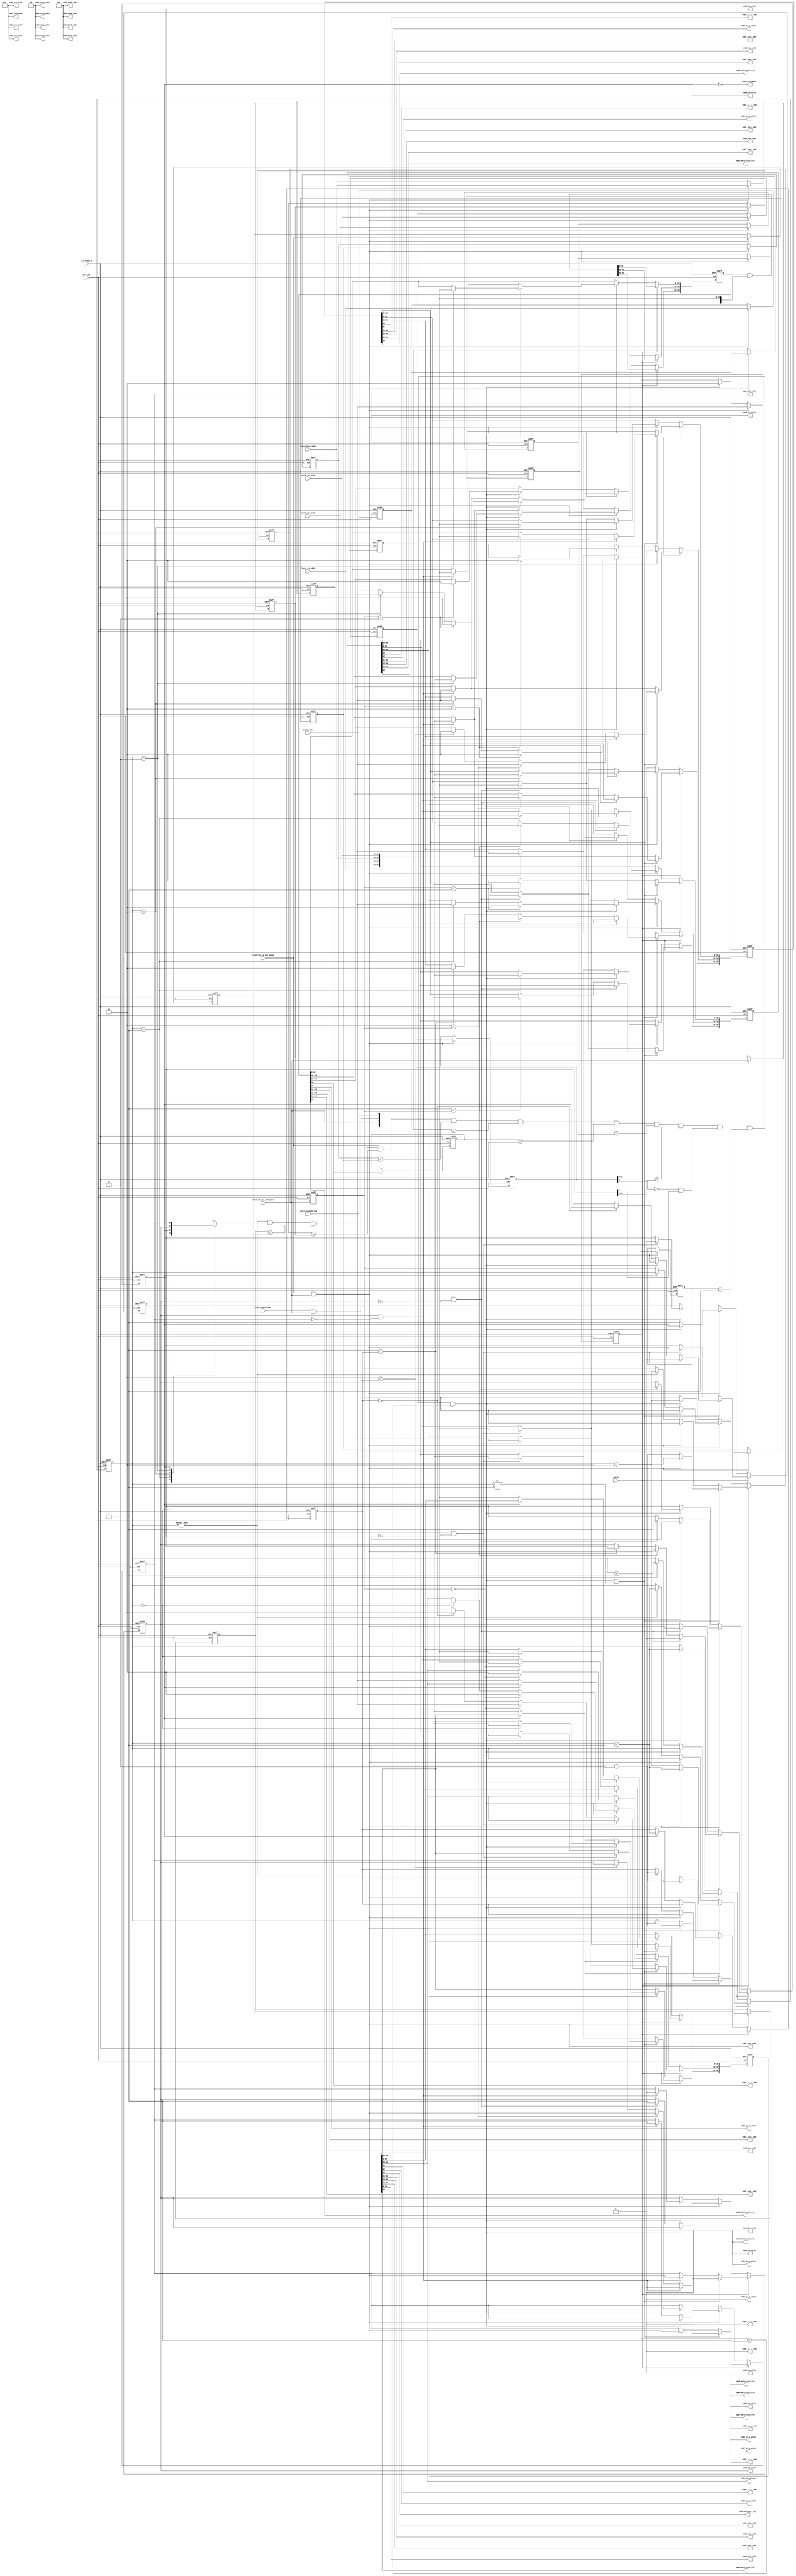
module alt_ddrx_cmd_queue 
    # (parameter	 MEM_IF_CSR_COL_WIDTH        = 4,
                     MEM_IF_CSR_ROW_WIDTH        = 5,
                     MEM_IF_CSR_BANK_WIDTH       = 2,
                     MEM_IF_CSR_CS_WIDTH         = 2, 
                     CTL_CMD_QUEUE_DEPTH         = 4,  
                     CTL_LOOK_AHEAD_DEPTH        = 4, 
                     MEM_IF_ROW_WIDTH            = 16, 
                     MEM_IF_COL_WIDTH            = 12,  
                     MEM_IF_BA_WIDTH             = 3,  
                     MEM_IF_CHIP_BITS            = 2,  
                     LOCAL_ADDR_WIDTH            = 33, 
                     DWIDTH_RATIO                = 4,
                     ENABLE_BURST_MERGE          = 1,
                     MIN_COL                     = 8,
                     MIN_ROW                     = 12,
                     MIN_BANK                    = 2,
                     MIN_CS                      = 1
	 )                                        
     (
	//input
	ctl_clk       , 								
	ctl_reset_n   ,                                                 		                                                	        
	read_req_to_cmd_queue  ,                                               		
	write_req_to_cmd_queue ,                                               		
	local_size      ,                                               		
	local_autopch_req ,  
    local_multicast ,
	local_cs_addr  	,
    local_bank_addr ,
    local_row_addr	,
    local_col_addr 	,
	                                                                                
	//input from State Machine                                      		
	fetch,                                               	                                                           		                                                   		
                                                                        		
	//output                                                        		
	cmd_fifo_empty, 			                                        
	cmd_fifo_full,   
	cmd_fifo_wren,
    
	cmd0_is_a_read,                                                                 
	cmd0_is_a_write,                                                                
	cmd0_autopch_req,                                                            
	cmd0_burstcount,                                                                
	cmd0_chip_addr,                                                                 
	cmd0_row_addr,                                                                  
	cmd0_bank_addr,                                                                 
	cmd0_col_addr,
	cmd0_is_valid,   
    cmd0_multicast_req,
	                                                                                
	cmd1_is_a_read,                                                                 
	cmd1_is_a_write,
	cmd1_chip_addr,                                                                 
	cmd1_row_addr,                                                                  
	cmd1_bank_addr,
	cmd1_is_valid,   
    cmd1_multicast_req,
	                                                                                
	cmd2_is_a_read,                                                                 
	cmd2_is_a_write,  
    cmd2_chip_addr,                                                                 
	cmd2_row_addr,                                                                  
	cmd2_bank_addr,
	cmd2_is_valid,  
    cmd2_multicast_req,
     
    cmd3_is_a_read,                                                                 
	cmd3_is_a_write,  
	cmd3_chip_addr,                                                                 
	cmd3_row_addr,                                                                  
	cmd3_bank_addr,		                                                                                                    		
	cmd3_is_valid, 
	cmd3_multicast_req,
    
    cmd4_is_a_read,                                                                 
	cmd4_is_a_write,
	cmd4_is_valid,                                                  		                                                           
	cmd4_chip_addr,                                                                 
	cmd4_row_addr,                                                  		
	cmd4_bank_addr,    
    cmd4_multicast_req,
	
    cmd5_is_a_read,                                                                 
	cmd5_is_a_write,
	cmd5_is_valid,                                                  		                                                          
	cmd5_chip_addr,                                                                 
	cmd5_row_addr,                                                  		
	cmd5_bank_addr,   
    cmd5_multicast_req,
	
    cmd6_is_a_read,                                                                 
	cmd6_is_a_write,
	cmd6_is_valid,                                                  		                                                         
	cmd6_chip_addr,                                                                 
	cmd6_row_addr,                                                  		
	cmd6_bank_addr,  
    cmd6_multicast_req,
	
    cmd7_is_a_read,                                                                 
	cmd7_is_a_write,
	cmd7_is_valid,                                                  		
	cmd7_chip_addr,                                                         
	cmd7_row_addr,                                                  		
	cmd7_bank_addr,
    cmd7_multicast_req
    ); 
    localparam   LOCAL_SIZE_WIDTH     = 2;
    localparam   BUFFER_WIDTH         = 1 + 1 + 1 + 1 + LOCAL_SIZE_WIDTH + MEM_IF_CHIP_BITS + MEM_IF_BA_WIDTH + MEM_IF_ROW_WIDTH + MEM_IF_COL_WIDTH;
    localparam   THIS_ENTRY_WIDTH     = 1 + 1 + 1 + MEM_IF_CHIP_BITS + MEM_IF_BA_WIDTH + MEM_IF_ROW_WIDTH + MEM_IF_COL_WIDTH;
    localparam   MAX_COL              = MEM_IF_COL_WIDTH;
    localparam   MAX_ROW              = MEM_IF_ROW_WIDTH;
    localparam   MAX_BANK             = MEM_IF_BA_WIDTH;
    localparam   MAX_CS               = MEM_IF_CHIP_BITS;
    
    input                		          ctl_clk       	; 	// controller clock
    input                		          ctl_reset_n   	; 	// controller reset_n, synchronous to ctl_clk
	                 		              
	input 		     		              read_req_to_cmd_queue  	;
	input 		     		              write_req_to_cmd_queue 	;
	input [LOCAL_SIZE_WIDTH-1:0]          local_size      	;
	input		     		              local_autopch_req ;
    input                                 local_multicast   ;
	input [MEM_IF_CHIP_BITS-1:0]          local_cs_addr	    ;
    input [MEM_IF_ROW_WIDTH-1:0]          local_row_addr    ;
    input [MEM_IF_BA_WIDTH-1:0]           local_bank_addr   ;
    input [MEM_IF_COL_WIDTH-1:0]          local_col_addr    ;
	output               		          cmd_fifo_empty	;      
	output               		          cmd_fifo_full	    ;    
    output                                cmd_fifo_wren     ;
	
	//input from State Machine
	input 				                  fetch;
	
	output               		          cmd0_is_valid;
    output                		          cmd0_is_a_read;
    output                		          cmd0_is_a_write;
	output		     		              cmd0_autopch_req;
    output [LOCAL_SIZE_WIDTH-1:0]         cmd0_burstcount;
    output [MEM_IF_CHIP_BITS-1:0]         cmd0_chip_addr;
	output [MEM_IF_ROW_WIDTH-1:0]         cmd0_row_addr;
	output [MEM_IF_BA_WIDTH-1:0]          cmd0_bank_addr;
	output [MEM_IF_COL_WIDTH-1:0]         cmd0_col_addr;
    output                                cmd0_multicast_req;
	
	output               		          cmd1_is_valid;
    output                		          cmd1_is_a_read;
    output                		          cmd1_is_a_write;
    output [MEM_IF_CHIP_BITS-1:0]         cmd1_chip_addr;
	output [MEM_IF_ROW_WIDTH-1:0]         cmd1_row_addr;
	output [MEM_IF_BA_WIDTH-1:0]          cmd1_bank_addr;
    output                                cmd1_multicast_req;
	
	output               		          cmd2_is_valid;
    output                		          cmd2_is_a_read;
    output                		          cmd2_is_a_write;
    output [MEM_IF_CHIP_BITS-1:0]         cmd2_chip_addr;
	output [MEM_IF_ROW_WIDTH-1:0]         cmd2_row_addr;
	output [MEM_IF_BA_WIDTH-1:0]          cmd2_bank_addr;
    output                                cmd2_multicast_req;
	
	output               		          cmd3_is_valid;
    output                		          cmd3_is_a_read;
    output                		          cmd3_is_a_write;
    output [MEM_IF_CHIP_BITS-1:0]         cmd3_chip_addr;
	output [MEM_IF_ROW_WIDTH-1:0]         cmd3_row_addr;
	output [MEM_IF_BA_WIDTH-1:0]          cmd3_bank_addr;
    output                                cmd3_multicast_req;
	
    output                		          cmd4_is_a_read;
    output                		          cmd4_is_a_write;
	output               		          cmd4_is_valid;
	output [MEM_IF_CHIP_BITS-1:0]         cmd4_chip_addr;
	output [MEM_IF_ROW_WIDTH-1:0]         cmd4_row_addr;
	output [MEM_IF_BA_WIDTH-1:0]          cmd4_bank_addr;
    output                                cmd4_multicast_req;
    
    output                		          cmd5_is_a_read;
    output                		          cmd5_is_a_write;
	output               		          cmd5_is_valid;
	output [MEM_IF_CHIP_BITS-1:0]         cmd5_chip_addr;
	output [MEM_IF_ROW_WIDTH-1:0]         cmd5_row_addr; 
	output [MEM_IF_BA_WIDTH-1:0]          cmd5_bank_addr;
    output                                cmd5_multicast_req;
    
    output                		          cmd6_is_a_read;
    output                		          cmd6_is_a_write;
	output               		          cmd6_is_valid;
	output [MEM_IF_CHIP_BITS-1:0]         cmd6_chip_addr;
	output [MEM_IF_ROW_WIDTH-1:0]         cmd6_row_addr; 
	output [MEM_IF_BA_WIDTH-1:0]          cmd6_bank_addr;
    output                                cmd6_multicast_req;
    
    output                		          cmd7_is_a_read;
    output                		          cmd7_is_a_write;
	output               		          cmd7_is_valid;
	output [MEM_IF_CHIP_BITS-1:0]         cmd7_chip_addr;
	output [MEM_IF_ROW_WIDTH-1:0]         cmd7_row_addr; 
	output [MEM_IF_BA_WIDTH-1:0]          cmd7_bank_addr;
    output                                cmd7_multicast_req;
	
    integer                               n;
	integer                               j;
	integer                               k;
	integer                               m;
    
    reg [BUFFER_WIDTH-1:0]		          pipe[CTL_CMD_QUEUE_DEPTH-1:0];		
	reg 				                  pipefull[CTL_CMD_QUEUE_DEPTH-1:0];
    
    reg [LOCAL_SIZE_WIDTH-1:0]            last_size;
    reg                                   last_read_req;
    reg                                   last_write_req;
    reg                                   last_multicast;
    reg [MEM_IF_CHIP_BITS-1:0]            last_chip_addr;
    reg [MEM_IF_ROW_WIDTH-1:0]            last_row_addr;
    reg [MEM_IF_BA_WIDTH-1:0]             last_bank_addr;
    reg [MEM_IF_COL_WIDTH-1:0]            last_col_addr;
    
    reg [LOCAL_SIZE_WIDTH-1:0]            last2_size;
    reg                                   last2_read_req;
    reg                                   last2_write_req;
    reg                                   last2_multicast;
    reg [MEM_IF_CHIP_BITS-1:0]            last2_chip_addr;
    reg [MEM_IF_ROW_WIDTH-1:0]            last2_row_addr;
    reg [MEM_IF_BA_WIDTH-1:0]             last2_bank_addr;
    reg [MEM_IF_COL_WIDTH-1:0]            last2_col_addr;
    
	wire [MEM_IF_CHIP_BITS-1:0]           cs_addr  ;
	wire [MEM_IF_ROW_WIDTH-1:0]           row_addr ;
	wire [MEM_IF_BA_WIDTH-1:0]            bank_addr;
	wire [MEM_IF_COL_WIDTH-1:0]           col_addr ;
    
	wire 		     		              read_req_to_cmd_queue  	;
	wire 		     		              write_req_to_cmd_queue 	;
	wire		     		              local_autopch_req ;
    wire                                  local_multicast;
    wire                                  local_multicast_gated;
	wire  [LOCAL_SIZE_WIDTH-1:0] 	      local_size;
	wire				                  fetch;
	wire [BUFFER_WIDTH-1:0]		          buffer_input;
	wire				                  wreq_to_fifo;  

    wire [MEM_IF_CHIP_BITS-1:0]           pipe_chip_addr     [CTL_CMD_QUEUE_DEPTH-1:0];
    wire [MEM_IF_ROW_WIDTH-1:0]           pipe_row_addr      [CTL_CMD_QUEUE_DEPTH-1:0];
    wire [MEM_IF_BA_WIDTH-1:0]            pipe_bank_addr     [CTL_CMD_QUEUE_DEPTH-1:0];
    wire [MEM_IF_COL_WIDTH-1:0]           pipe_col_addr      [CTL_CMD_QUEUE_DEPTH-1:0];
    wire                                  pipe_read_req      [CTL_CMD_QUEUE_DEPTH-1:0];
    wire                                  pipe_write_req     [CTL_CMD_QUEUE_DEPTH-1:0];
    wire                                  pipe_autopch_req   [CTL_CMD_QUEUE_DEPTH-1:0];
    wire                                  pipe_multicast_req [CTL_CMD_QUEUE_DEPTH-1:0];
    wire [LOCAL_SIZE_WIDTH-1:0]           pipe_burstcount    [CTL_CMD_QUEUE_DEPTH-1:0];
    
	reg  [log2(CTL_CMD_QUEUE_DEPTH)-1:0]    last;
    reg  [log2(CTL_CMD_QUEUE_DEPTH)-1:0]    last_minus_one;
    reg  [log2(CTL_CMD_QUEUE_DEPTH)-1:0]    last_minus_two;
    wire                                  can_merge;

    wire                                  cmd_fifo_wren;
	wire				                  cmd0_is_valid;
	wire                		          cmd0_is_a_read;
	wire                		          cmd0_is_a_write;
	wire		     		              cmd0_autopch_req;
	wire [LOCAL_SIZE_WIDTH-1:0]           cmd0_burstcount;
	wire [MEM_IF_CHIP_BITS-1:0]           cmd0_chip_addr;
	wire [MEM_IF_ROW_WIDTH-1:0]           cmd0_row_addr;
	wire [MEM_IF_BA_WIDTH-1:0]            cmd0_bank_addr;
	wire [MEM_IF_COL_WIDTH-1:0]           cmd0_col_addr;
    wire                                  cmd0_multicast_req;

	wire               		              cmd1_is_valid;
    wire                		          cmd1_is_a_read;
    wire                		          cmd1_is_a_write;
    wire [MEM_IF_CHIP_BITS-1:0]           cmd1_chip_addr;
	wire [MEM_IF_ROW_WIDTH-1:0]           cmd1_row_addr;
	wire [MEM_IF_BA_WIDTH-1:0]            cmd1_bank_addr;
    wire                                  cmd1_multicast_req;

	wire               		              cmd2_is_valid;
    wire                		          cmd2_is_a_read;
    wire                		          cmd2_is_a_write;
    wire [MEM_IF_CHIP_BITS-1:0]           cmd2_chip_addr;
	wire [MEM_IF_ROW_WIDTH-1:0]           cmd2_row_addr;
	wire [MEM_IF_BA_WIDTH-1:0]            cmd2_bank_addr;
    wire                                  cmd2_multicast_req;

	wire               		              cmd3_is_valid;
    wire                		          cmd3_is_a_read;
    wire                		          cmd3_is_a_write;
    wire [MEM_IF_CHIP_BITS-1:0]           cmd3_chip_addr;
	wire [MEM_IF_ROW_WIDTH-1:0]           cmd3_row_addr;
	wire [MEM_IF_BA_WIDTH-1:0]            cmd3_bank_addr;
    wire                                  cmd3_multicast_req;
    
    wire                		          cmd4_is_a_read;
    wire                		          cmd4_is_a_write;
	wire               		              cmd4_is_valid;
	wire [MEM_IF_CHIP_BITS-1:0]           cmd4_chip_addr;
	wire [MEM_IF_ROW_WIDTH-1:0]           cmd4_row_addr; 
	wire [MEM_IF_BA_WIDTH-1:0]            cmd4_bank_addr;
    wire                                  cmd4_multicast_req;
    
    wire                		          cmd5_is_a_read;
    wire                		          cmd5_is_a_write;
	wire               		              cmd5_is_valid;
	wire [MEM_IF_CHIP_BITS-1:0]           cmd5_chip_addr;
	wire [MEM_IF_ROW_WIDTH-1:0]           cmd5_row_addr; 
	wire [MEM_IF_BA_WIDTH-1:0]            cmd5_bank_addr;
    wire                                  cmd5_multicast_req;
    
    wire                		          cmd6_is_a_read;
    wire                		          cmd6_is_a_write;
	wire               		              cmd6_is_valid;
	wire [MEM_IF_CHIP_BITS-1:0]           cmd6_chip_addr;
	wire [MEM_IF_ROW_WIDTH-1:0]           cmd6_row_addr; 
	wire [MEM_IF_BA_WIDTH-1:0]            cmd6_bank_addr;
    wire                                  cmd6_multicast_req;
    
    wire                		          cmd7_is_a_read;
    wire                		          cmd7_is_a_write;
	wire               		              cmd7_is_valid;
	wire [MEM_IF_CHIP_BITS-1:0]           cmd7_chip_addr;
	wire [MEM_IF_ROW_WIDTH-1:0]           cmd7_row_addr; 
	wire [MEM_IF_BA_WIDTH-1:0]            cmd7_bank_addr;
    wire                                  cmd7_multicast_req;

    genvar 			      	              i;     
    
    assign cs_addr = local_cs_addr;
    assign bank_addr = local_bank_addr;
    assign row_addr = local_row_addr;
    assign col_addr = local_col_addr;

// gate multicast request with write request, we only support multicast write
    assign local_multicast_gated = local_multicast & write_req_to_cmd_queue;

// mapping of buffer_input
	assign buffer_input = {read_req_to_cmd_queue,write_req_to_cmd_queue,local_multicast_gated,local_autopch_req,local_size,cs_addr,row_addr,bank_addr,col_addr};
	
//======================  Bus to output signals mapping   =======================
	//pipe address
    generate begin
        for(i=0; i<CTL_CMD_QUEUE_DEPTH; i=i+1) begin : pipe_loop
            assign pipe_read_req[i]         = pipe[i][BUFFER_WIDTH-1];
            assign pipe_write_req[i]        = pipe[i][BUFFER_WIDTH-2];
            assign pipe_multicast_req[i]    = pipe[i][BUFFER_WIDTH-3];
            assign pipe_autopch_req[i]      = pipe[i][BUFFER_WIDTH-4];
            assign pipe_burstcount[i]       = pipe[i][LOCAL_SIZE_WIDTH + MEM_IF_CHIP_BITS + MEM_IF_ROW_WIDTH  + MEM_IF_BA_WIDTH + MEM_IF_COL_WIDTH - 1 : MEM_IF_CHIP_BITS + MEM_IF_ROW_WIDTH  + MEM_IF_BA_WIDTH + MEM_IF_COL_WIDTH];
            assign pipe_chip_addr[i]        = pipe[i][MEM_IF_CHIP_BITS + MEM_IF_ROW_WIDTH  + MEM_IF_BA_WIDTH + MEM_IF_COL_WIDTH - 1 : MEM_IF_ROW_WIDTH  + MEM_IF_BA_WIDTH + MEM_IF_COL_WIDTH];
            assign pipe_row_addr[i]         = pipe[i][MEM_IF_ROW_WIDTH  + MEM_IF_BA_WIDTH + MEM_IF_COL_WIDTH - 1 : MEM_IF_BA_WIDTH + MEM_IF_COL_WIDTH];
            assign pipe_bank_addr[i]        = pipe[i][MEM_IF_BA_WIDTH + MEM_IF_COL_WIDTH - 1 : MEM_IF_COL_WIDTH];
            assign pipe_col_addr[i]         = pipe[i][MEM_IF_COL_WIDTH - 1 : 0];
        end
    end
	endgenerate 
    
    assign cmd0_is_valid                = pipefull[0];
    assign cmd0_is_a_read               = pipe_read_req   [0];
    assign cmd0_is_a_write              = pipe_write_req  [0];
    assign cmd0_autopch_req             = pipe_autopch_req[0];
    assign cmd0_burstcount              = pipe_burstcount [0];
    assign cmd0_chip_addr               = pipe_chip_addr  [0];
    assign cmd0_row_addr                = pipe_row_addr   [0];
    assign cmd0_bank_addr               = pipe_bank_addr  [0];
    assign cmd0_col_addr                = pipe_col_addr   [0];
    assign cmd0_multicast_req           = pipe_multicast_req [0];
    
    generate
        if (CTL_LOOK_AHEAD_DEPTH > 0)
            begin
                assign cmd1_is_valid                = pipefull[1];
                assign cmd1_is_a_read               = pipe_read_req   [1];
                assign cmd1_is_a_write              = pipe_write_req  [1];
                assign cmd1_chip_addr               = pipe_chip_addr  [1];
                assign cmd1_row_addr                = pipe_row_addr   [1];
                assign cmd1_bank_addr               = pipe_bank_addr  [1];
                assign cmd1_multicast_req           = pipe_multicast_req [1];
            end
        else
            begin
                assign cmd1_is_valid                = 0;
                assign cmd1_is_a_read               = 0;
                assign cmd1_is_a_write              = 0;
                assign cmd1_chip_addr               = 0;
                assign cmd1_row_addr                = 0;
                assign cmd1_bank_addr               = 0;
                assign cmd1_multicast_req           = 0;
            end
    endgenerate
    
    generate
        if (CTL_LOOK_AHEAD_DEPTH > 2)
            begin
                assign cmd2_is_valid                = pipefull[2];
                assign cmd2_is_a_read               = pipe_read_req   [2];
                assign cmd2_is_a_write              = pipe_write_req  [2];
                assign cmd2_chip_addr               = pipe_chip_addr  [2];
                assign cmd2_row_addr                = pipe_row_addr   [2];
                assign cmd2_bank_addr               = pipe_bank_addr  [2];
                assign cmd2_multicast_req           = pipe_multicast_req [2];
                
                assign cmd3_is_valid                = pipefull[3];
                assign cmd3_is_a_read               = pipe_read_req   [3];
                assign cmd3_is_a_write              = pipe_write_req  [3];
                assign cmd3_chip_addr               = pipe_chip_addr  [3];
                assign cmd3_row_addr                = pipe_row_addr   [3];
                assign cmd3_bank_addr               = pipe_bank_addr  [3];
                assign cmd3_multicast_req           = pipe_multicast_req [3];
            end
        else
            begin
                assign cmd2_is_valid                = 0;
                assign cmd2_is_a_read               = 0;
                assign cmd2_is_a_write              = 0;
                assign cmd2_chip_addr               = 0;
                assign cmd2_row_addr                = 0;
                assign cmd2_bank_addr               = 0;
                assign cmd2_multicast_req           = 0;
                
                assign cmd3_is_valid                = 0;
                assign cmd3_is_a_read               = 0;
                assign cmd3_is_a_write              = 0;
                assign cmd3_chip_addr               = 0;
                assign cmd3_row_addr                = 0;
                assign cmd3_bank_addr               = 0;
                assign cmd3_multicast_req           = 0;
            end
    endgenerate
    
    generate
        if (CTL_LOOK_AHEAD_DEPTH > 4)
            begin
                assign cmd4_is_valid                = pipefull[4];
                assign cmd4_is_a_read               = pipe_read_req [4];
                assign cmd4_is_a_write              = pipe_write_req[4];
                assign cmd4_chip_addr               = pipe_chip_addr[4];
                assign cmd4_row_addr                = pipe_row_addr [4];
                assign cmd4_bank_addr               = pipe_bank_addr[4];
                assign cmd4_multicast_req           = pipe_multicast_req [4];
                
                assign cmd5_is_valid                = pipefull[5];
                assign cmd5_is_a_read               = pipe_read_req [5];
                assign cmd5_is_a_write              = pipe_write_req[5];
                assign cmd5_chip_addr               = pipe_chip_addr[5];
                assign cmd5_row_addr                = pipe_row_addr [5];
                assign cmd5_bank_addr               = pipe_bank_addr[5];
                assign cmd5_multicast_req           = pipe_multicast_req [5];
            end
        else
            begin
                assign cmd4_is_valid                = 0;
                assign cmd4_is_a_read               = 0;
                assign cmd4_is_a_write              = 0;
                assign cmd4_chip_addr               = 0;
                assign cmd4_row_addr                = 0;
                assign cmd4_bank_addr               = 0;
                assign cmd4_multicast_req           = 0;
                
                assign cmd5_is_valid                = 0;
                assign cmd5_is_a_read               = 0;
                assign cmd5_is_a_write              = 0;
                assign cmd5_chip_addr               = 0;
                assign cmd5_row_addr                = 0;
                assign cmd5_bank_addr               = 0;
                assign cmd5_multicast_req           = 0;
            end
    endgenerate
    
    generate
        if (CTL_LOOK_AHEAD_DEPTH > 6)
            begin
                assign cmd6_is_valid                = pipefull[6];
                assign cmd6_is_a_read               = pipe_read_req [6];
                assign cmd6_is_a_write              = pipe_write_req[6];
                assign cmd6_chip_addr               = pipe_chip_addr[6];
                assign cmd6_row_addr                = pipe_row_addr [6];
                assign cmd6_bank_addr               = pipe_bank_addr[6];
                assign cmd6_multicast_req           = pipe_multicast_req [6];
                
                assign cmd7_is_valid                = pipefull[7];
                assign cmd7_is_a_read               = pipe_read_req [7];
                assign cmd7_is_a_write              = pipe_write_req[7];
                assign cmd7_chip_addr               = pipe_chip_addr[7];
                assign cmd7_row_addr                = pipe_row_addr [7];
                assign cmd7_bank_addr               = pipe_bank_addr[7];
                assign cmd7_multicast_req           = pipe_multicast_req [7];
            end
        else
            begin
                assign cmd6_is_valid                = 0;
                assign cmd6_is_a_read               = 0;
                assign cmd6_is_a_write              = 0;
                assign cmd6_chip_addr               = 0;
                assign cmd6_row_addr                = 0;
                assign cmd6_bank_addr               = 0;
                assign cmd6_multicast_req           = 0;
                
                assign cmd7_is_valid                = 0;
                assign cmd7_is_a_read               = 0;
                assign cmd7_is_a_write              = 0;
                assign cmd7_chip_addr               = 0;
                assign cmd7_row_addr                = 0;
                assign cmd7_bank_addr               = 0;
                assign cmd7_multicast_req           = 0;
            end
    endgenerate
    
//======================  end of Bus to output signals mapping   ================  
	
//======================   sequential address detector   ========================
	
	//Last pipeline entry
    always @(posedge ctl_clk or negedge ctl_reset_n) begin   
         if (!ctl_reset_n) begin
             last_read_req      <= 1'b0; 
             last_write_req     <= 1'b0; 
             last_chip_addr     <= {MEM_IF_CHIP_BITS{1'b0}}; 
             last_row_addr      <= {MEM_IF_ROW_WIDTH{1'b0}}; 
             last_bank_addr     <= {MEM_IF_BA_WIDTH{1'b0}}; 
             last_col_addr      <= {MEM_IF_COL_WIDTH{1'b0}}; 
             last_size          <= {LOCAL_SIZE_WIDTH{1'b0}}; 
             last_multicast     <= 1'b0;
         end
         else  if (wreq_to_fifo) begin
                    last_read_req   <= read_req_to_cmd_queue;
                    last_write_req  <= write_req_to_cmd_queue;
                    last_multicast  <= local_multicast_gated;
                    last_chip_addr  <= cs_addr;
                    last_bank_addr  <= bank_addr;
                    last_row_addr   <= row_addr;
                    last_col_addr   <= col_addr;
                    last_size       <= local_size;
         end
         else if (can_merge)
             last_size          <= 2;
    end
    
    //Second last pipeline entry
    always @(posedge ctl_clk or negedge ctl_reset_n) begin   
         if (!ctl_reset_n) begin
             last2_read_req     <= 1'b0; 
             last2_write_req    <= 1'b0; 
             last2_chip_addr    <= {MEM_IF_CHIP_BITS{1'b0}}; 
             last2_row_addr     <= {MEM_IF_ROW_WIDTH{1'b0}}; 
             last2_bank_addr    <= {MEM_IF_BA_WIDTH{1'b0}}; 
             last2_col_addr     <= {MEM_IF_COL_WIDTH{1'b0}}; 
             last2_size         <= {LOCAL_SIZE_WIDTH{1'b0}}; 
             last2_multicast    <= 1'b0;
         end
         else  if (wreq_to_fifo) begin
                    last2_read_req  <= last_read_req;
                    last2_write_req <= last_write_req;
                    last2_multicast <= last_multicast;
                    last2_chip_addr <= last_chip_addr;
                    last2_bank_addr <= last_bank_addr;
                    last2_row_addr  <= last_row_addr;
                    last2_col_addr  <= last_col_addr;
                    last2_size      <= last_size;
         end
    end
    
    always @(posedge ctl_clk or negedge ctl_reset_n) begin
        if (!ctl_reset_n) begin
            last <= 0;
            last_minus_one <= 0;
            last_minus_two <= 0;
        end
        else 
            if (fetch) begin                    // fetch and write
                if (can_merge && last != 1)
                    begin
                        if (wreq_to_fifo)
                            begin
                                last <=  last - 1;
                                last_minus_one <=  last - 2;
                                last_minus_two <=  last - 3;
                            end
                        else
                            begin
                                last <=  last - 2;
                                last_minus_one <=  last - 3;
                                last_minus_two <=  last - 4;
                            end
                    end
                else
                    begin
                        if (wreq_to_fifo) begin
                            // do nothing
                        end
                        else if (last != 0)
                            begin
                                last <=  last - 1;
                                last_minus_one <=  last - 2;
                                last_minus_two <=  last - 3;
                            end
                    end
            end
            else if (wreq_to_fifo) begin   // write only
                if (can_merge)
                    begin
                        // do nothing
                    end
                else
                    if (!cmd_fifo_empty)
                        begin
                            last <=  last + 1;
                            last_minus_one <=  last;
                            last_minus_two <=  last - 1;
                        end
            end
            else if (can_merge)
                begin
                    last <=  last - 1;
                    last_minus_one <=  last - 2;
                    last_minus_two <=  last - 3;
                end
    end
    
    assign  can_merge   =   (ENABLE_BURST_MERGE == 1) ?
                            last != 0
                            & pipefull[last]
                            & last2_read_req == last_read_req
                            & last2_write_req == last_write_req
                            & last2_multicast == last_multicast
                            & last2_chip_addr == last_chip_addr
                            & last2_bank_addr == last_bank_addr
                            & last2_row_addr == last_row_addr
                            & ((DWIDTH_RATIO == 2) ? (last2_col_addr[MEM_IF_COL_WIDTH-1 : 2] == last_col_addr[MEM_IF_COL_WIDTH-1 : 2]) : (last2_col_addr[MEM_IF_COL_WIDTH-1 : 3] == last_col_addr[MEM_IF_COL_WIDTH-1 : 3]) )
                            & ((DWIDTH_RATIO == 2) ? (last2_col_addr[1] == 0 & last_col_addr[1] == 1) : (last2_col_addr[2] == 0 & last_col_addr[2] == 1) )
                            & last2_size == 1 & last_size == 1
                            :
                            1'b0;
	
//===================   end of sequential address detector   ====================

//===============================    queue    ===================================
    
	// avalon_write_req & avalon_read_req is AND with internal_ready in alt_ddrx_avalon_if.v
    assign wreq_to_fifo = (read_req_to_cmd_queue) | (write_req_to_cmd_queue);
    assign cmd_fifo_wren = (read_req_to_cmd_queue) | (write_req_to_cmd_queue);
	assign cmd_fifo_empty = !pipefull[0];
	assign cmd_fifo_full = pipefull[CTL_CMD_QUEUE_DEPTH-1];
    
    //pipefull and pipe register chain
    //feed 0 to pipefull entry that is empty
    always @(posedge ctl_clk or negedge ctl_reset_n) begin
        if (!ctl_reset_n) begin
            for(j=0; j<CTL_CMD_QUEUE_DEPTH; j=j+1) begin
                pipefull[j] <= 1'b0;
                pipe[j] <= 0;
            end
        end
        else 
            if (fetch) begin                    // fetch and write
                if (can_merge && last != 1)
                    begin
                        for(j=0; j<CTL_CMD_QUEUE_DEPTH-1; j=j+1) begin
                            if(pipefull[j] == 1'b1 & pipefull[j+1] == 1'b0) begin
                                pipefull[j] <= 1'b0;
                            end
                            else if (j == last_minus_one) begin
                                pipefull[j] <= wreq_to_fifo;
                                pipe[j] <= buffer_input;
                            end
                            else if (j == last_minus_two) begin
                                pipe[j] <= {pipe[j+1][BUFFER_WIDTH-1:BUFFER_WIDTH-4],2'd2,pipe[j+1][BUFFER_WIDTH-7:0]};
                            end
                            else begin
                                pipefull[j] <= pipefull[j+1];
                                pipe[j] <= pipe[j+1];
                            end
                        end
                        pipefull[CTL_CMD_QUEUE_DEPTH-1] <= 1'b0;
                        pipe[CTL_CMD_QUEUE_DEPTH-1] <= pipe[CTL_CMD_QUEUE_DEPTH-1] & buffer_input;
                    end
                else
                    begin
                        for(j=0; j<CTL_CMD_QUEUE_DEPTH-1; j=j+1) begin
                            if(pipefull[j] == 1'b1 & pipefull[j+1] == 1'b0) begin
                                pipefull[j] <= wreq_to_fifo;
                                pipe[j] <= buffer_input;
                            end
                            else begin
                                pipefull[j] <= pipefull[j+1];
                                pipe[j] <= pipe[j+1];
                            end
                        end
                        pipefull[CTL_CMD_QUEUE_DEPTH-1] <= pipefull[CTL_CMD_QUEUE_DEPTH-1] & wreq_to_fifo;
                        pipe[CTL_CMD_QUEUE_DEPTH-1] <= pipe[CTL_CMD_QUEUE_DEPTH-1] & buffer_input;
                    end
            end
            else if (wreq_to_fifo) begin   // write only
                if (can_merge)
                    begin
                        pipe[last] <= buffer_input;
                        pipe[last_minus_one][LOCAL_SIZE_WIDTH + MEM_IF_CHIP_BITS + MEM_IF_ROW_WIDTH  + MEM_IF_BA_WIDTH + MEM_IF_COL_WIDTH - 1 : MEM_IF_CHIP_BITS + MEM_IF_ROW_WIDTH  + MEM_IF_BA_WIDTH + MEM_IF_COL_WIDTH] <= 2;
                    end
                else
                    begin
                        for(j=1; j<CTL_CMD_QUEUE_DEPTH; j=j+1) begin
                            if(pipefull[j-1] == 1'b1 & pipefull[j] == 1'b0) begin
                                pipefull[j] <= 1'b1;
                                pipe[j] <= buffer_input;
                            end
                        end
                        if(pipefull[0] == 1'b0) begin
                            pipefull[0] <= 1'b1;
                            pipe[0] <= buffer_input;
                        end
                    end
            end
            else if (can_merge)
                begin
                    for(j=0; j<CTL_CMD_QUEUE_DEPTH-1; j=j+1) begin
                        if(pipefull[j] == 1'b1 & pipefull[j+1] == 1'b0)
                            pipefull[j] <= 1'b0;
                        else
                            pipefull[j] <= pipefull[j+1];
                    end
                    pipefull[CTL_CMD_QUEUE_DEPTH-1] <= 1'b0;
                    pipe[last_minus_one][LOCAL_SIZE_WIDTH + MEM_IF_CHIP_BITS + MEM_IF_ROW_WIDTH  + MEM_IF_BA_WIDTH + MEM_IF_COL_WIDTH - 1 : MEM_IF_CHIP_BITS + MEM_IF_ROW_WIDTH  + MEM_IF_BA_WIDTH + MEM_IF_COL_WIDTH] <= 2;
                end
    end
    
//============================    end of queue    ===============================  

    function integer log2;  //constant function
           input integer value;
           begin
               for (log2=0; value>0; log2=log2+1)
                   value = value>>1;
               log2 = log2 - 1;
           end
    endfunction
    
endmodule